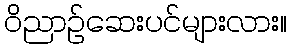
ဝိညာဉ်ဆေးပင်များလား။